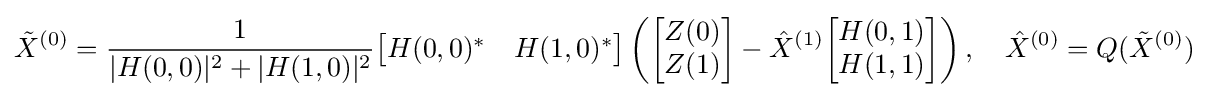
{\tilde {X}}^{(0)}={\frac {1}{|H(0,0)|^{2}+|H(1,0)|^{2}}}{\begin{bmatrix}H(0,0)^{*}&H(1,0)^{*}\end{bmatrix}}\left({\begin{bmatrix}Z(0)\\Z(1)\end{bmatrix}}-{\hat {X}}^{(1)}{\begin{bmatrix}H(0,1)\\H(1,1)\end{bmatrix}}\right),\quad {\hat {X}}^{(0)}=Q({\tilde {X}}^{(0)})